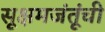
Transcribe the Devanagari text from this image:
सूक्षमजंतूंची